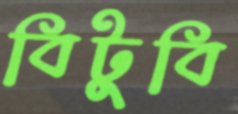
বিটুবি